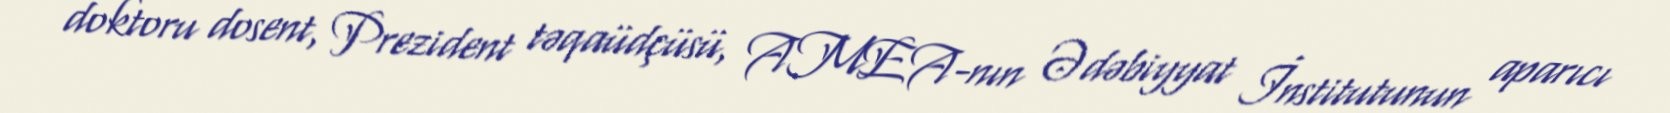
doktoru dosent, Prezident təqaüdçüsü, AMEA-nın Ədəbiyyat İnstitutunun aparıcı